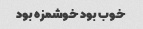
خوب بود خوشمزه بود